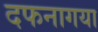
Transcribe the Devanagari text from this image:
दफनागया